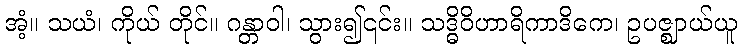
အံ့။ သယံ၊ ကိုယ် တိုင်။ ဂန္တာဝါ၊ သွား၍၎င်း။ သဒ္ဓိဝိဟာရိကာဒိကေ၊ ဥပဇ္ဈာယ်ယူ